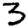
Digit: 3